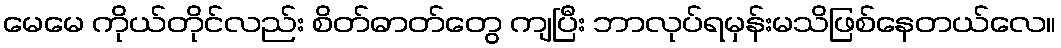
မေမေ ကိုယ်တိုင်လည်း စိတ်ဓာတ်တွေ ကျပြီး ဘာလုပ်ရမှန်းမသိဖြစ်နေတယ်လေ။